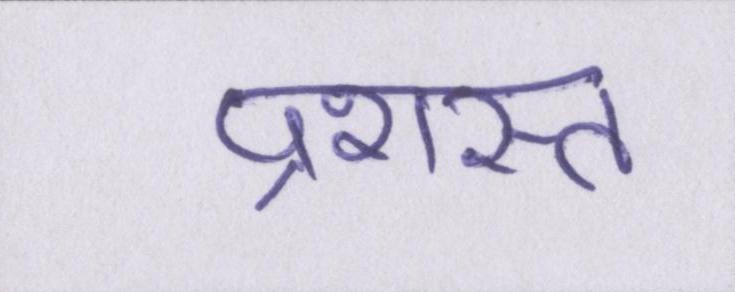
प्रशस्त